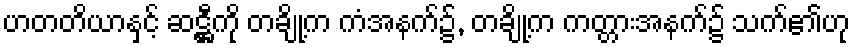
ဟတတိယာနှင့် ဆဋ္ဌီကို တချို့က ကံအနက်၌, တချို့က ကတ္တားအနက်၌ သက်၏ဟု